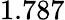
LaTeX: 1.787